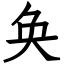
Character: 奂